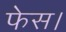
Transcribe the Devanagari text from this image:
फेस।